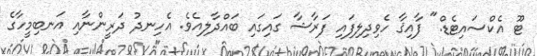
ޓޫ އެކްސައިޓެޑް." ފާއިޤާ ހެވިދިލިފައި ފަރާޝާ ގައިގައި ބައްދާލިއެވެ. އެހިނދު ދަރީންނާއި އަނބިމީހާގެ